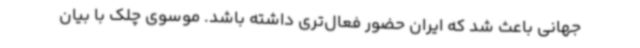
جهانی باعث شد که ایران حضور فعال‌تری داشته باشد. موسوی چلک با بیان